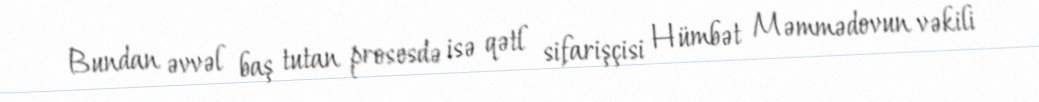
Bundan əvvəl baş tutan prosesdə isə qətl sifarişçisi Hümbət Məmmədovun vəkili